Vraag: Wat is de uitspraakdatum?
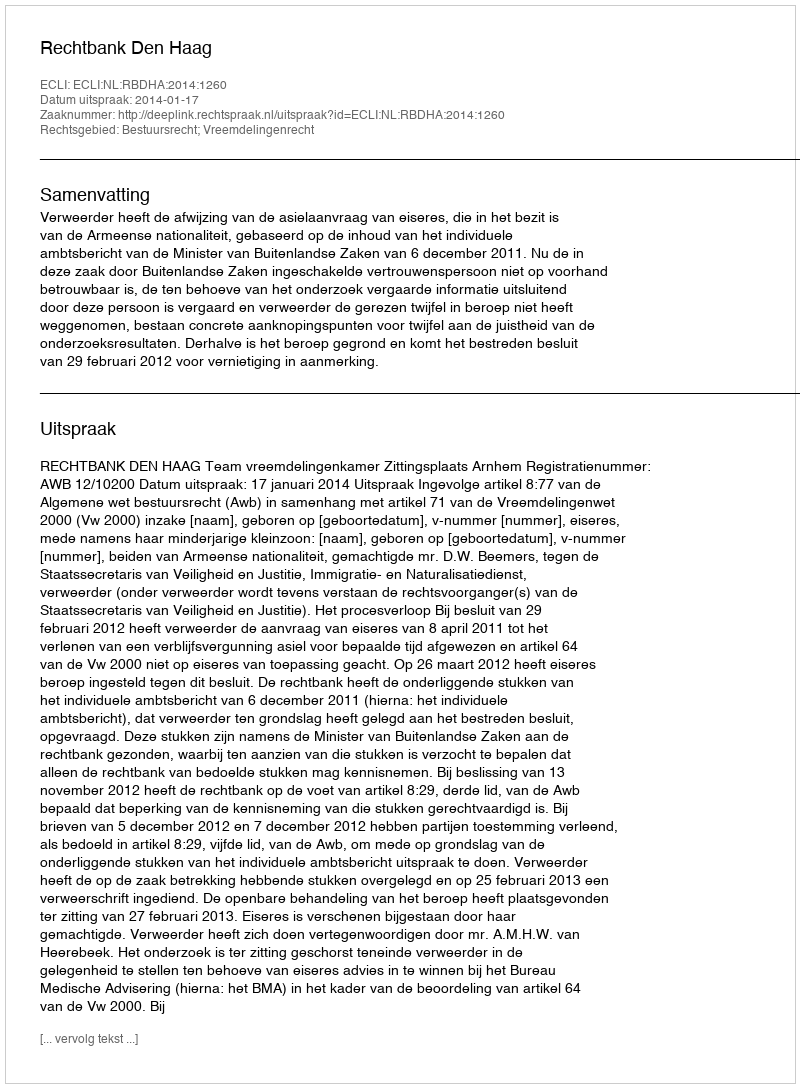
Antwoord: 2014-01-17